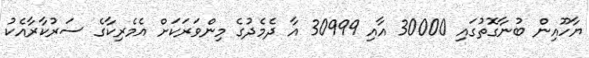
ޔާހޫއިން ބުނާގޮތުގައި 30000 އާއި 30999 އާ ދެމެދުގެ މިންވަރަކަށް އެމެރިކާގެ ސަރުކާރާއެކު